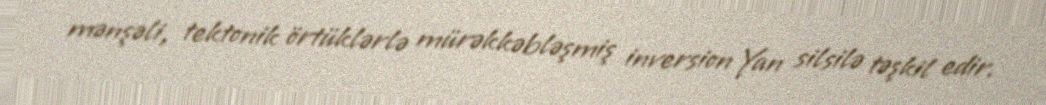
mənşəli, tektonik örtüklərlə mürəkkəbləşmiş inversion Yan silsilə təşkil edir.